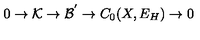
0 \rightarrow { \cal K } \rightarrow { \cal B ^ { ' } } \rightarrow C _ { 0 } ( X , E _ { H } ) \rightarrow 0